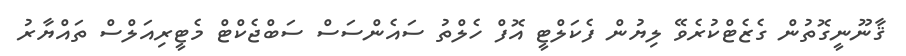
ޤާނޫނީގޮތުން ގެޒެޓްކުރެވޭ ލިޔުން ފެކަލްޓީ އޮފް ހެލްތު ސައެންސަސް ސަބްޖެކްޓް މެޓީރިއަލްސް ތައްޔާރު